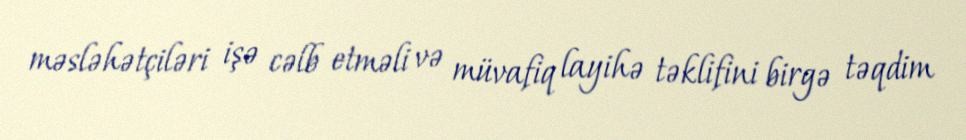
məsləhətçiləri işə cəlb etməli və müvafiq layihə təklifini birgə təqdim